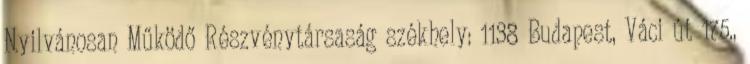
Nyilvánosan Működő Részvénytársaság székhely: 1138 Budapest, Váci út 175.,